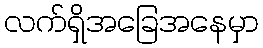
လက်ရှိအခြေအနေမှာ